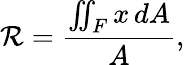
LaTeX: \mathcal{R}={\frac{{\iint_{F}x\, dA}}{{A}}},